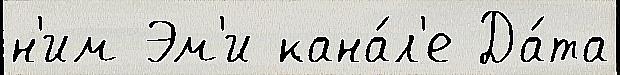
н'им Эм'и кана́л'е Да́та